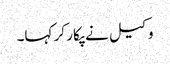
وکیل نے پکار کر کہا۔